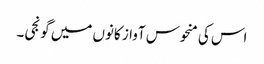
اس کی منحوس آواز کانوں میں گونجی۔